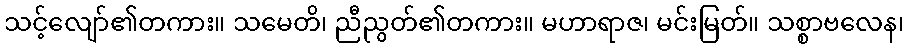
သင့်လျော်၏တကား။ သမေတိ၊ ညီညွတ်၏တကား။ မဟာရာဇ၊ မင်းမြတ်။ သစ္စာဗလေန၊